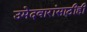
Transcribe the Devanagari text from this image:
उमेदवारांसाठीही